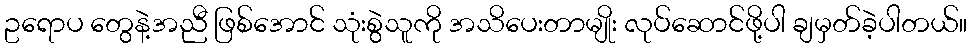
ဥရောပ တွေနဲ့အညီ ဖြစ်အောင် သုံးစွဲသူကို အသိပေးတာမျိုး လုပ်ဆောင်ဖို့ပါ ချမှတ်ခဲ့ပါတယ်။